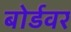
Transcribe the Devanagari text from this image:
बोर्डवर